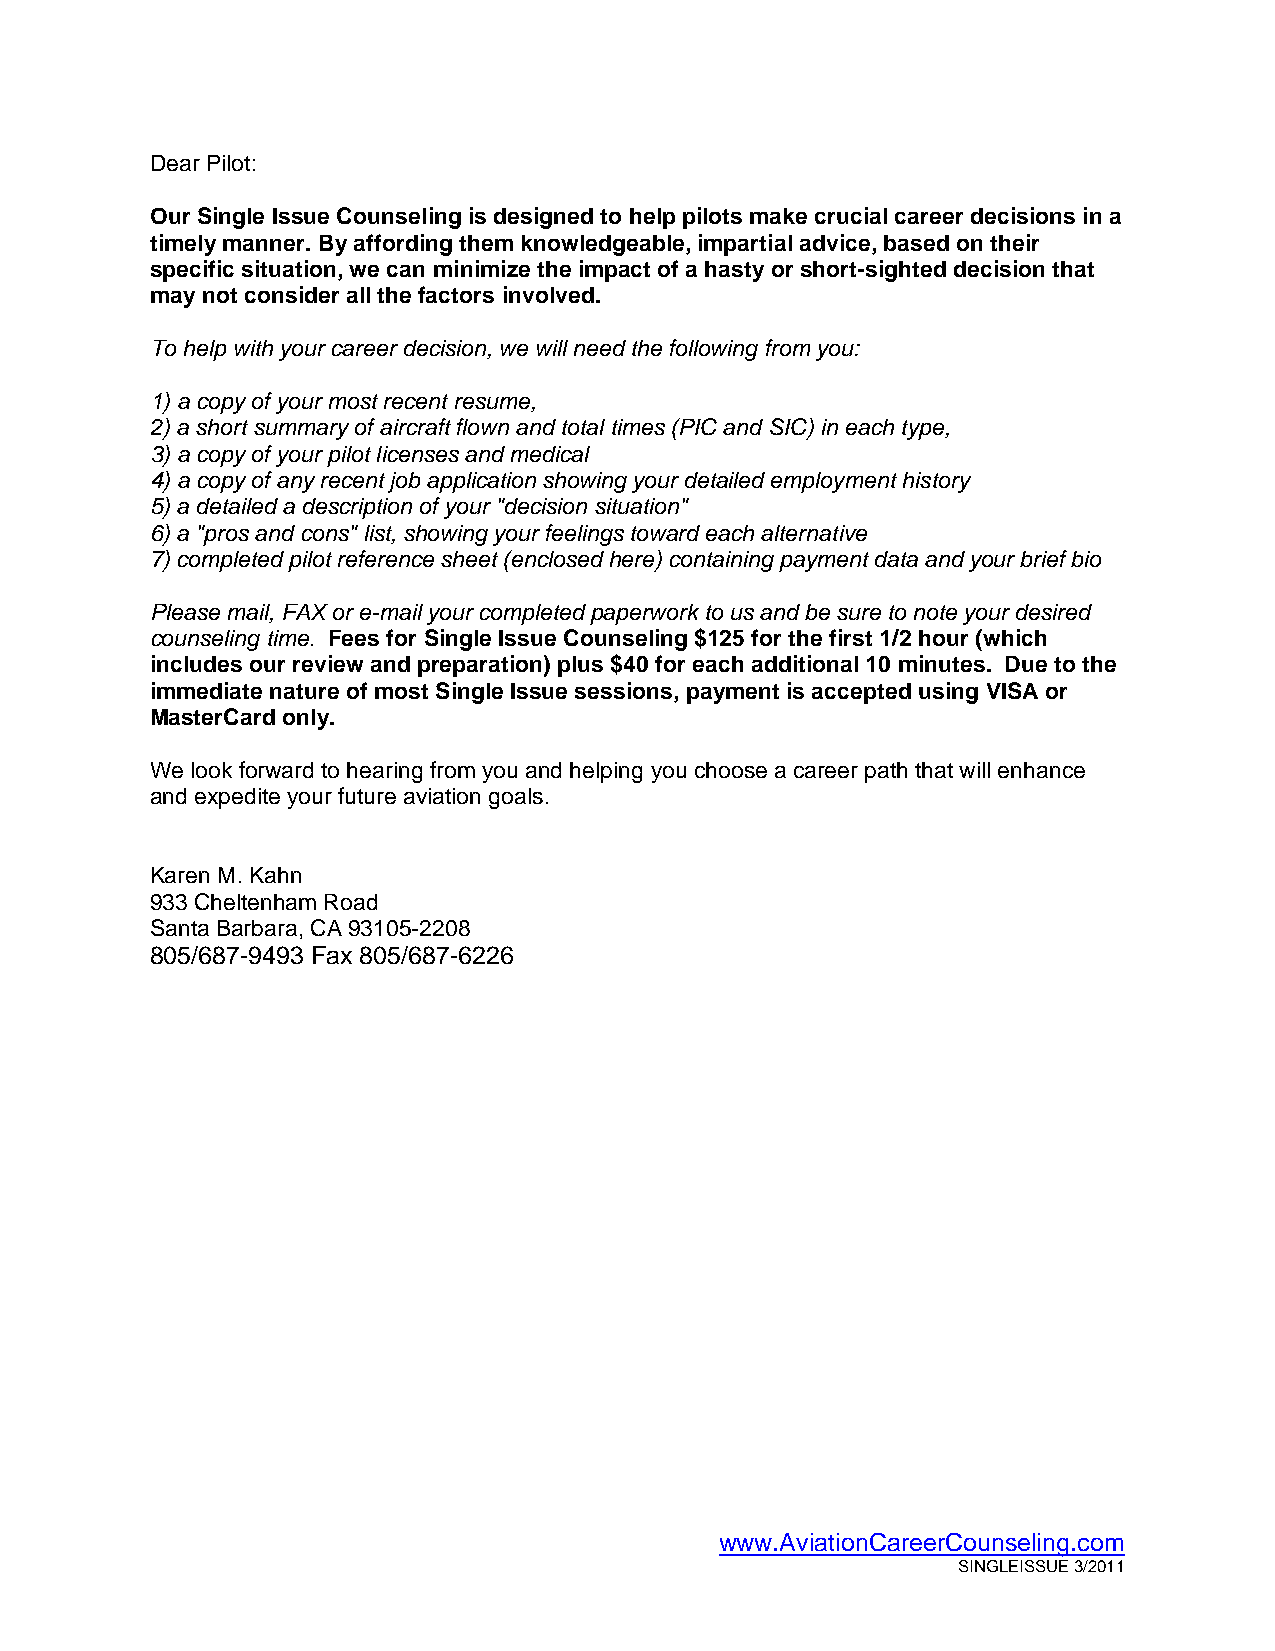
Dear Pilot:
 Our Single Issue Counseling is designed to help pilots make crucial career decisions in a
 timely manner. By affording them knowledgeable, impartial advice, based on their
 specific situation, we can minimize the impact of a hasty or short-sighted decision that
 may not consider all the factors involved.
 To help with your career decision, we will need the following from you:
 1) a copy of your most recent resume,
 2) a short summary of aircraft flown and total times (PIC and SIC) in each type,
 3) a copy of your pilot licenses and medical
 4) a copy of any recent job application showing your detailed employment history
 5) a detailed a description of your "decision situation"
 6) a "pros and cons" list, showing your feelings toward each alternative
 7) completed pilot reference sheet (enclosed here) containing payment data and your brief bio
 Please mail, FAX or e-mail your completed paperwork to us and be sure to note your desired
 counseling time. Fees for Single Issue Counseling $125 for the first 1/2 hour (which
 includes our review and preparation) plus $40 for each additional 10 minutes. Due to the
 immediate nature of most Single Issue sessions, payment is accepted using VISA or
 MasterCard only.
 We look forward to hearing from you and helping you choose a career path that will enhance
 and expedite your future aviation goals.
 Karen M. Kahn
 933 Cheltenham Road
 Santa Barbara, CA 93105-2208
 805/687-9493 Fax 805/687-6226
 www.AviationCareerCounseling.com
 SINGLEISSUE 3/2011